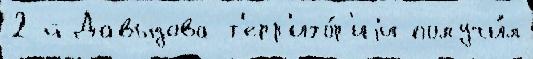
2-й Давыдова т'ерр'ито́р'иjи получи́л